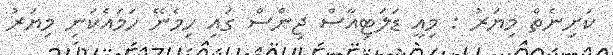
ކަށިނެތް މިޔަރު : މިއީ ޑަލަޓިއާސް ޖިންސް ގައި ހިމެނޭ ހަމައެކަނި މިޔަރު